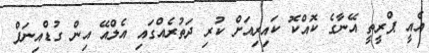
އެއީ ޕްރީތީ އޭނާގެ ކޮއްކޮ ކައިރިއަށް ކުރި ދަތުރެއްގައި އެލްއޭ އިން ގުޑްއިނަފް